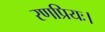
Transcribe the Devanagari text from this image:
रणप्रियः।